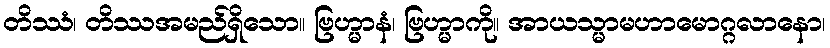
တိဿံ၊ တိဿအမည်ရှိသော။ ဗြဟ္မာနံ၊ ဗြဟ္မာကို။ အာယသ္မာမဟာမောဂ္ဂလာနော၊